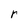
Character: r